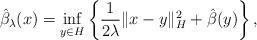
LaTeX: \begin{align*}\hat{\beta}_{\lambda}(x) = \inf_{y \in H} \left \{ \frac{1}{2\lambda} \|x - y\|_{H}^{2} + \hat{\beta}(y)\right \},\end{align*}